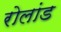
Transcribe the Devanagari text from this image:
रोलांड